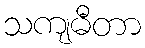
သကျဓီတာ